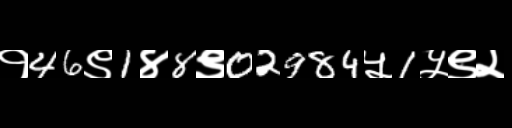
Text: १46९1४8९02984५1५९२